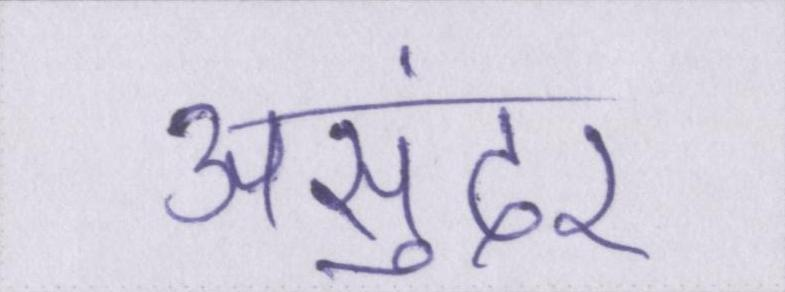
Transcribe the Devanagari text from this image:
असुंदर